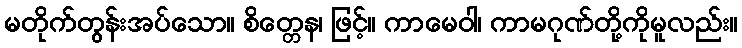
မတိုက်တွန်းအပ်သော။ စိတ္တေန၊ ဖြင့်။ ကာမေဝါ၊ ကာမဂုဏ်တို့ကိုမူလည်း။